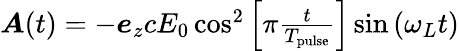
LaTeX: \begin{array}{r}{\boldsymbol A(t)=-\boldsymbol e_{z}cE_{0}\cos^{2}\left[\pi\frac{t}{T_{\mathrm{pulse}}}\right]\sin\left(\omega_{L}t\right)}\end{array}